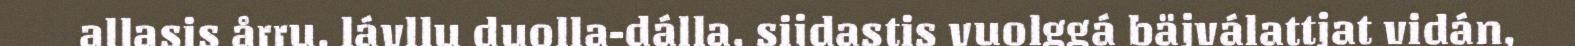
allasis årru, lávllu duolla-dálla, sijdastis vuolggá bäjválattjat vidán,